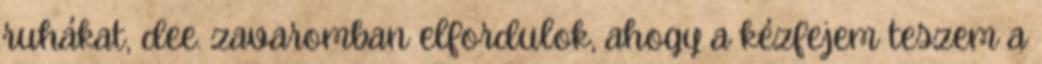
ruhákat, dee. zavaromban elfordulok, ahogy a kézfejem teszem a